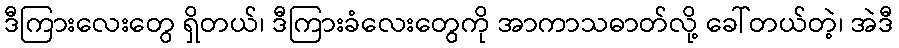
ဒီကြားလေးတွေ ရှိတယ်၊ ဒီကြားခံလေးတွေကို အာကာသဓာတ်လို့ ခေါ်တယ်တဲ့၊ အဲဒီ